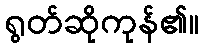
ရွတ်ဆိုကုန်၏။